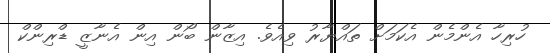
ހުރިހާ އެންމެން އެކަމަށް ތައްޔާރު ވިއެވެ. އިޒާން ބޯން އިން އެނާޒީ ޑްރިންކް